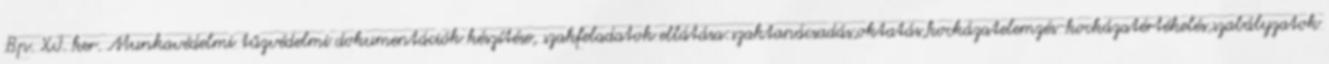
Bp. XI. ker. Munkavédelmi tűzvédelmi dokumentációk készítése, szakfeladatok ellátása:szaktanácsadás,oktatás,kockázatelemzés-kockázatértékelés,szabályzatok